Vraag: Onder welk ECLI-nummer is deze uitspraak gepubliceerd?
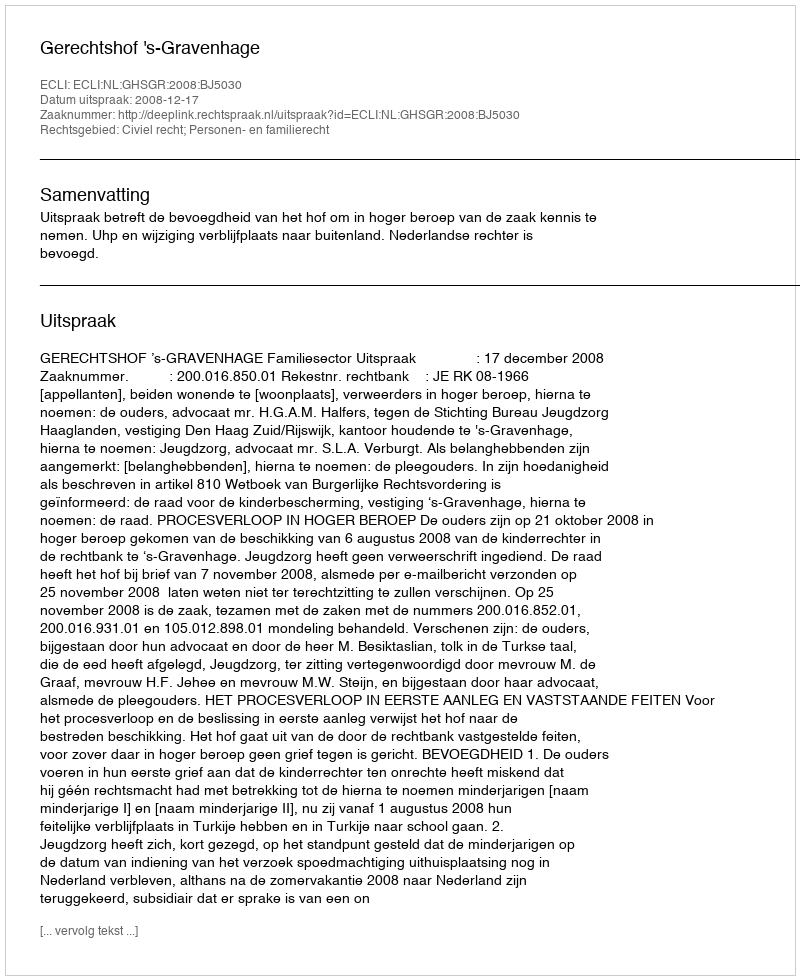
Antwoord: ECLI:NL:GHSGR:2008:BJ5030